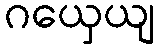
ဂယှေယျ